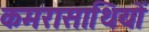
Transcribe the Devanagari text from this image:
कमरासाथियों